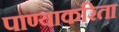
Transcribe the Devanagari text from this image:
पाण्याकरिता